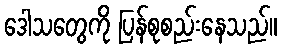
ဒေါသတွေကို ပြန်စုစည်းနေသည်။